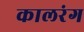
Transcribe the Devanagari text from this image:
कालरंग